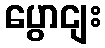
ပွောငျး